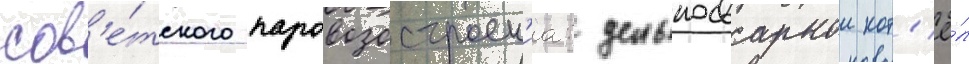
сов'е́тского паровозостроен'иа: цельносварнои кот'ё́л